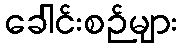
ခေါင်းစဉ်များ